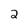
Character: 2